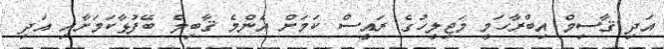
އަދި ޤާސިމް އިބްރާހަމީ މަޖިލީހުގެ ރައީސް ކަމަށް އެންމެ ޤާބިލް ބޭފުޅާކަމަށާއި އަދި